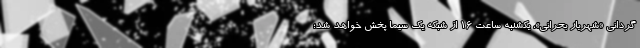
گردانی «شهریار بحرانی»، یکشنبه ساعت ۱۶ از شبکه یک سیما پخش خواهد شد؛